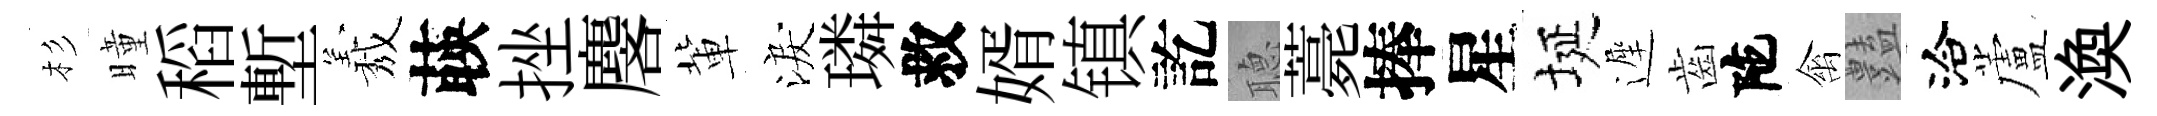
杉曈稻塹𦏁𦴤挫麐軰淚璘救婿镇訖𦗟薧捧星埏遲齒陀禽𧰟洽蘆渙